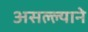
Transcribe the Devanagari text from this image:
असल्ल्याने